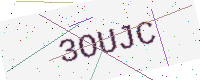
Text: 3OUJC